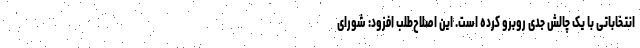
انتخاباتی با یک چالش جدی روبرو کرده است. این اصلاح‌طلب افزود: شورای